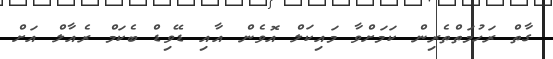
ގާތް ރަހުމަތްތެރިން ކަމަށްވާ މައިކަލް އޮވެން އާއި ޑޭވިޑް ބެކަމް ރެއާލް އަށް